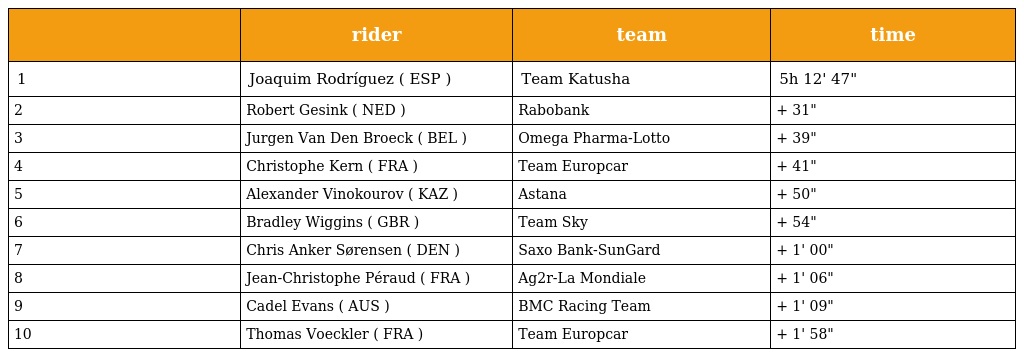
|  | rider | team | time |
 | --- | --- | --- | --- |
 | 1 | Joaquim Rodríguez ( ESP ) | Team Katusha | 5h 12' 47" |
 | 2 | Robert Gesink ( NED ) | Rabobank | + 31" |
 | 3 | Jurgen Van Den Broeck ( BEL ) | Omega Pharma-Lotto | + 39" |
 | 4 | Christophe Kern ( FRA ) | Team Europcar | + 41" |
 | 5 | Alexander Vinokourov ( KAZ ) | Astana | + 50" |
 | 6 | Bradley Wiggins ( GBR ) | Team Sky | + 54" |
 | 7 | Chris Anker Sørensen ( DEN ) | Saxo Bank-SunGard | + 1' 00" |
 | 8 | Jean-Christophe Péraud ( FRA ) | Ag2r-La Mondiale | + 1' 06" |
 | 9 | Cadel Evans ( AUS ) | BMC Racing Team | + 1' 09" |
 | 10 | Thomas Voeckler ( FRA ) | Team Europcar | + 1' 58" |